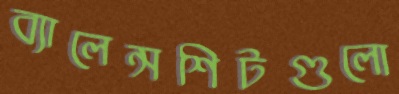
ব্যালেন্সশিটগুলো